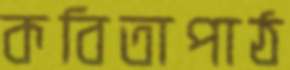
কবিতাপাঠ